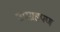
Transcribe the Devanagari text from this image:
उपग्रहपण